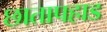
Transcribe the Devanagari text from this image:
छातापहाड